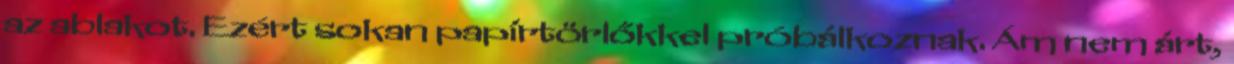
az ablakot. Ezért sokan papírtörlőkkel próbálkoznak. Ám nem árt,